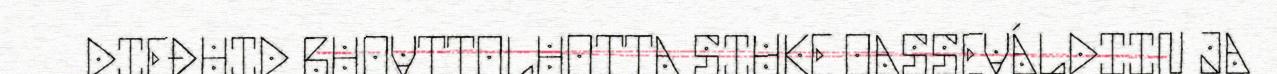
DIEĐUID RUOVTTOLUOTTA SIHKE OASSEVÁLDIIN JA